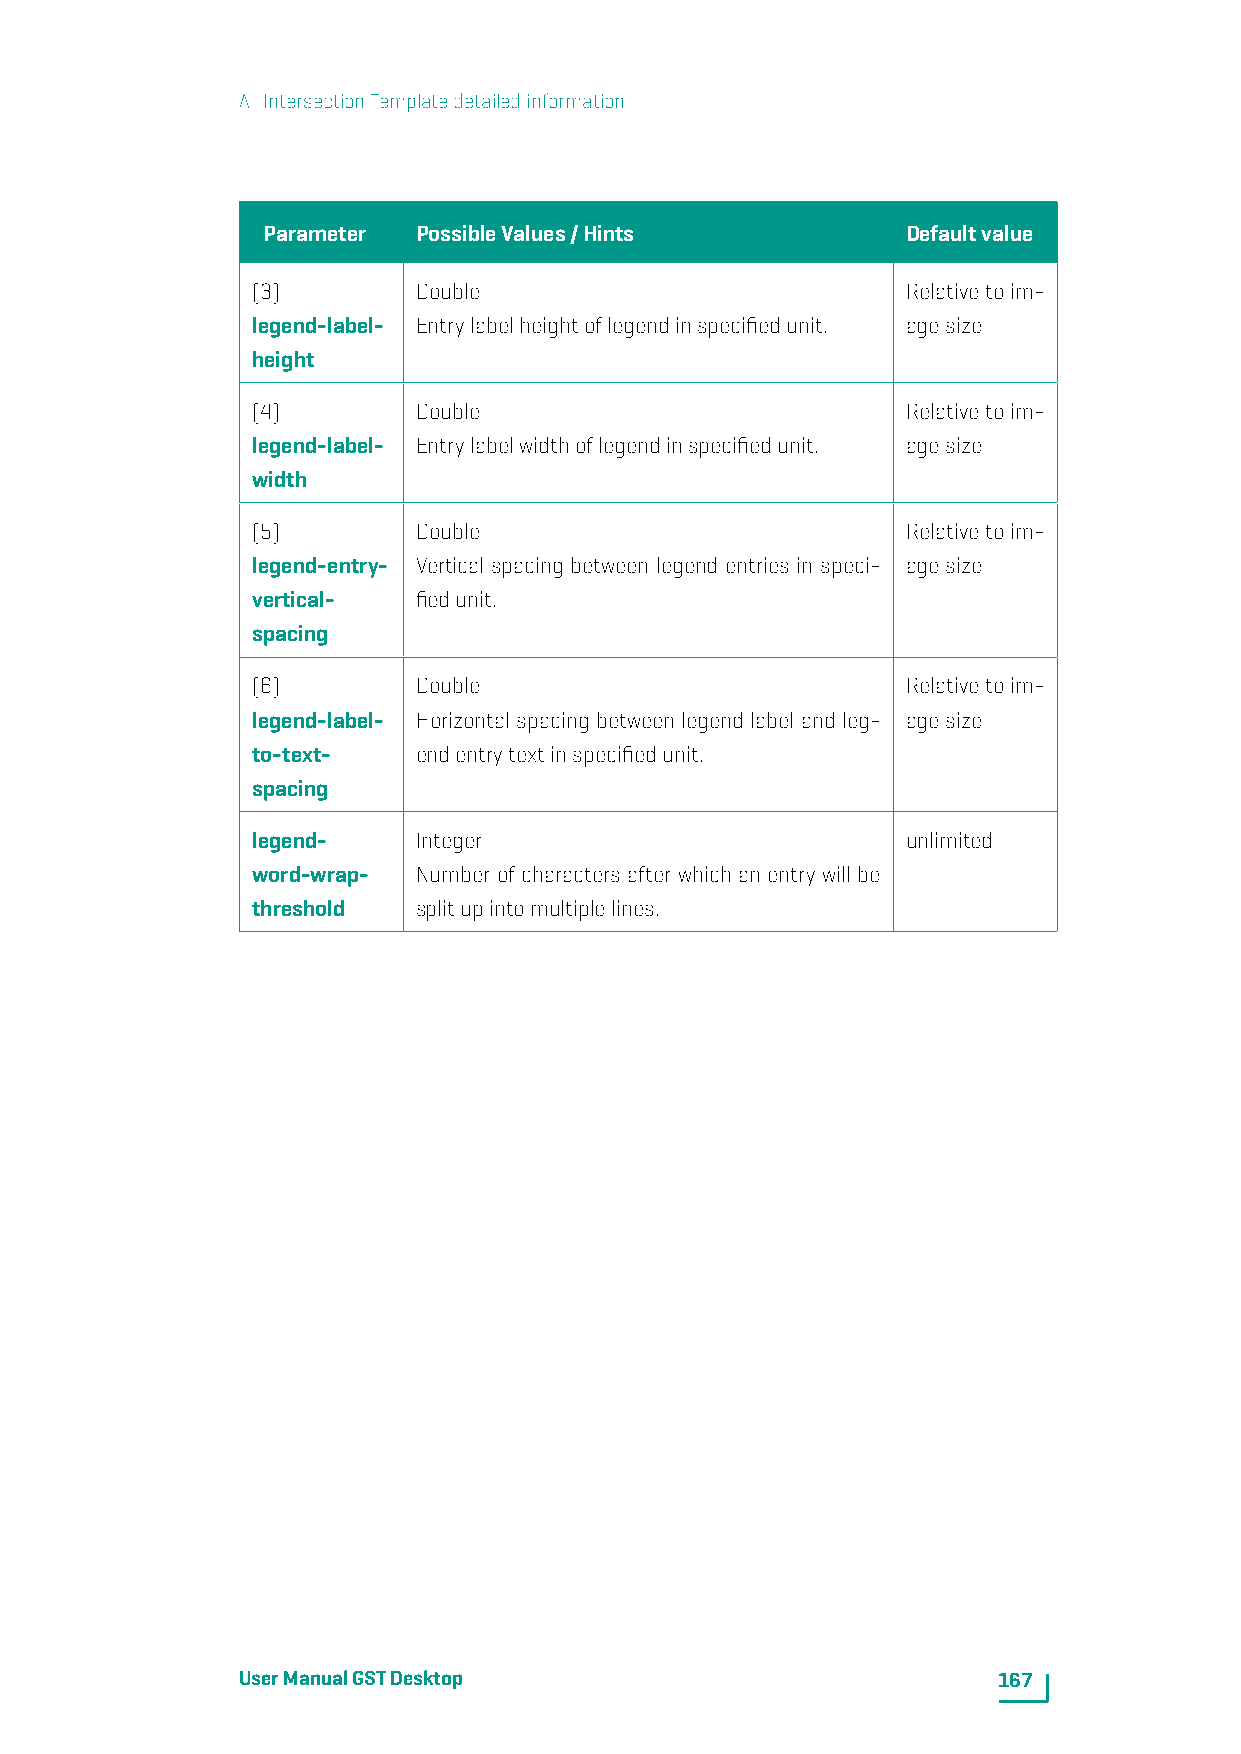
A. IntersectionTemplatedetailedinformation
 Parameter  PossibleValues/Hints            Defaultvalue
 (3)        Double                          Relativetoim-
 legend-label- Entrylabelheightoflegendinspecifiedunit. agesize
 height
 (4)        Double                          Relativetoim-
 legend-label- Entrylabelwidthoflegendinspecifiedunit. agesize
 width
 (5)        Double                          Relativetoim-
 legend-entry- Vertical spacing between legend entries in speci- agesize
 vertical-  fiedunit.
 spacing
 (6)        Double                          Relativetoim-
 legend-label- Horizontal spacing between legend label and leg- agesize
 to-text-   endentrytextinspecifiedunit.
 spacing
 legend-    Integer                         unlimited
 word-wrap- Number of characters after which an entry will be
 threshold  splitupintomultiplelines.
 UserManualGSTDesktop                              167